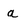
Character: a